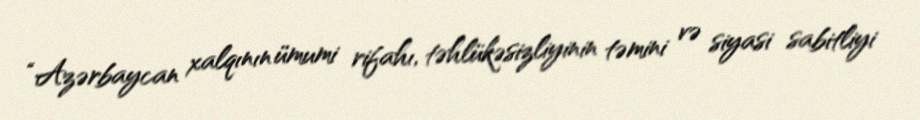
“Azərbaycan xalqının ümumi rifahı, təhlükəsizliyinin təmini və siyasi sabitliyi